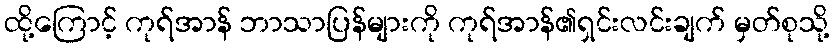
ထို့ကြောင့် ကုရ်အာန် ဘာသာပြန်များကို ကုရ်အာန်၏ရှင်းလင်းချက် မှတ်စုသို့